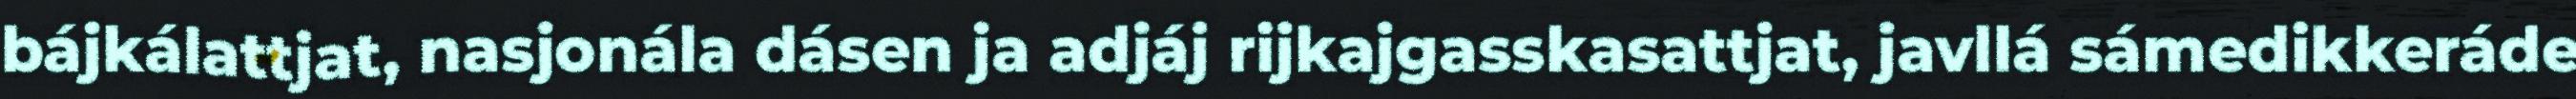
bájkálattjat, nasjonála dásen ja adjáj rijkajgasskasattjat, javllá sámedikkeráde